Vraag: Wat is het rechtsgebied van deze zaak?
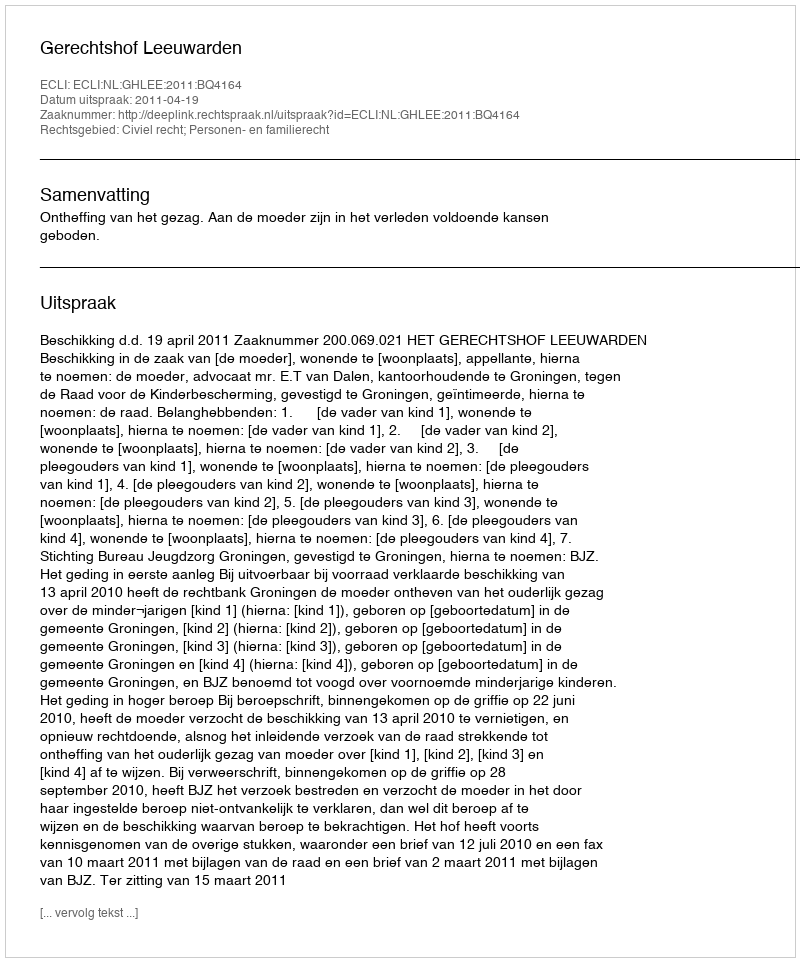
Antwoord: Civiel recht; Personen- en familierecht